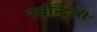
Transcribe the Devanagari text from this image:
रवीन्द्रजी